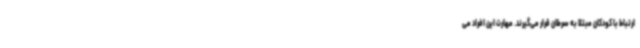
ارتباط با کودکان مبتلا به سرطان قرار می‌گیرند. مهارت این افراد می